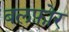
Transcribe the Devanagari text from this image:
बलफ़ोर